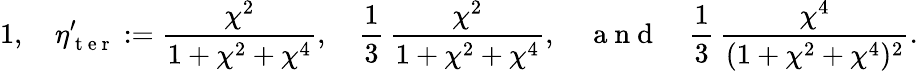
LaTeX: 1,\quad\eta_{\mathrm{~t~e~r~}}^{\prime}:=\frac{\chi^{2}}{1+\chi^{2}+\chi^{4}},\quad\frac{1}{3}\, \frac{\chi^{2}}{1+\chi^{2}+\chi^{4}},\quad\mathrm{~a~n~d~}\quad\frac{1}{3}\, \frac{\chi^{4}}{(1+\chi^{2}+\chi^{4})^{2}}.